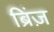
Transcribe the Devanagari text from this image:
ब्रिंज़